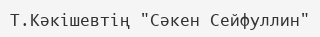
Т.Кәкішевтің "Сәкен Сейфуллин"